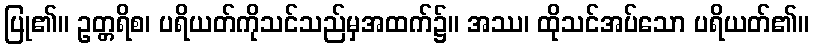
ပြု၏။ ဥတ္တရိစ၊ ပရိယတ်ကိုသင်သည်မှအထက်၌။ အဿ၊ ထိုသင်အပ်သော ပရိယတ်၏။